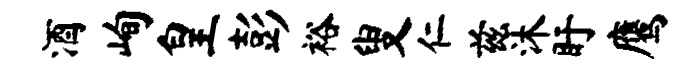
酒峋皇彭裕叟仁兹沐盱鹰